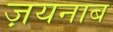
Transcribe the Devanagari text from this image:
ज़यनाब